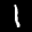
Label: 1